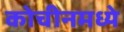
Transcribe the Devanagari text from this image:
कोचीनमध्ये